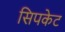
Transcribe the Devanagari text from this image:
सिपकेट